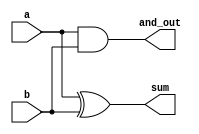
module simple_continuous_assignment (
    input wire a,      // First input
    input wire b,      // Second input
    output wire sum,   // Output for addition
    output wire and_out // Output for AND operation
);

// Continuous assignment for sum (a + b) - using a 1-bit adder
assign sum = a ^ b; // XOR operation for sum (since it's a single bit)

// Continuous assignment for AND operation
assign and_out = a & b; // AND operation

endmodule